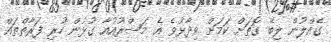
ގެއްލުން ލިބޭ ގޮތަށް ކަމަށް ވިދާޅުވެ އެ މަޝްރޫއުއާ ގުޅުން ހުރި ފަރާތްތައް